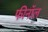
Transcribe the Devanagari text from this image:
फीनॉल